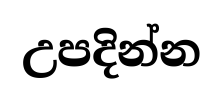
උපදින්න